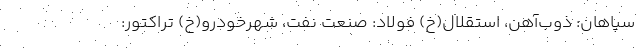
سپاهان: ذوب‌آهن، استقلال(خ) فولاد: صنعت نفت، شهرخودرو(خ) تراکتور: